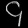
Digit: ၄